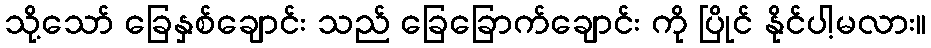
သို့သော် ခြေနှစ်ချောင်း သည် ခြေခြောက်ချောင်း ကို ပြိုင် နိုင်ပါ့မလား။